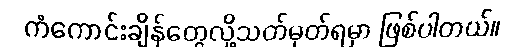
ကံကောင်းချိန်တွေလို့သတ်မှတ်ရမှာ ဖြစ်ပါတယ်။